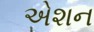
એશન